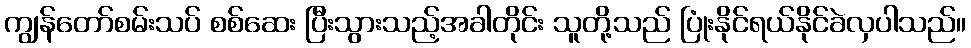
ကျွန်တော်စမ်းသပ် စစ်ဆေး ပြီးသွားသည့်အခါတိုင်း သူတို့သည် ပြုံးနိုင်ရယ်နိုင်ခဲလှပါသည်။